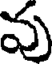
వు